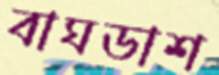
বাঘডাশ